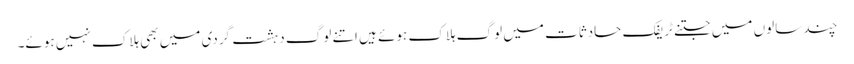
چند سالوں میں جتنے ٹریفک حادثات میں لوگ ہلاک ہوئے ہیں اتنے لوگ دہشت گردی میں بھی ہلاک نہیں ہوئے۔